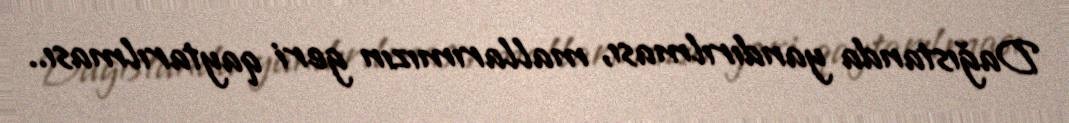
Dağıstanda yandırılması, mallarımızın geri qaytarılması..